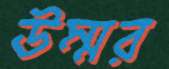
উম্মর